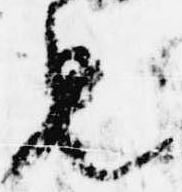
見